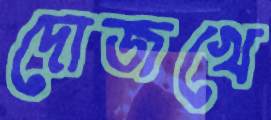
দোজখে